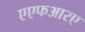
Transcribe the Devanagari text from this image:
एएफआरए